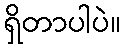
ရှိတာပါပဲ။